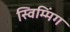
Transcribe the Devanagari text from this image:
स्विम्मिंग